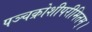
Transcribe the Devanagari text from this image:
पञ्चक्रोशीपरीमितम्।